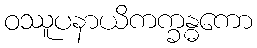
ဝဿူပနာယိကက္ခန္ဓကော